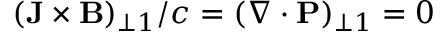
( \mathbf { J } \times \mathbf { B } ) _ { \perp 1 } / c = ( \nabla \cdot \mathbf { P } ) _ { \perp 1 } = 0